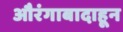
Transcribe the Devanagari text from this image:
औरंगाबादाहून